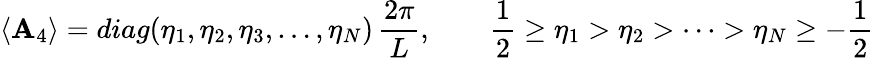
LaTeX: \langle{\cal\mathbf{A}}_{4}\rangle=diag(\eta_{1},\eta_{2},\eta_{3},\dots,\eta_{N})\, \frac{{2\pi}}{{L}},\qquad\frac{{1}}{{2}}\ge\eta_{1}>\eta_{2}>\cdots>\eta_{N}\ge-\frac{{1}}{{2}}